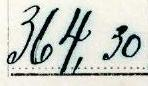
364,30